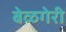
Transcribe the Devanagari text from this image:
बेळगेरी